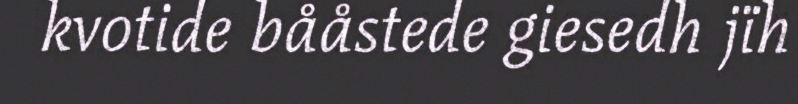
kvotide bååstede giesedh jïh